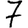
Digit: 7